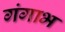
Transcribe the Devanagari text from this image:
गंगाभ